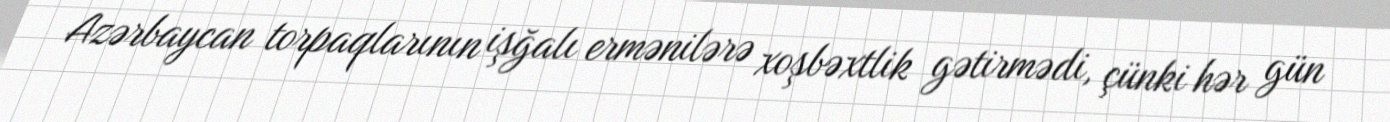
Azərbaycan torpaqlarının işğalı ermənilərə xoşbəxtlik gətirmədi, çünki hər gün